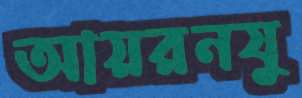
আয়রনযু